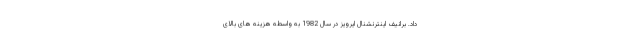
داد. برانیف اینترنشنال ایرویز در سال 1982 به واسطه هزینه های بالای